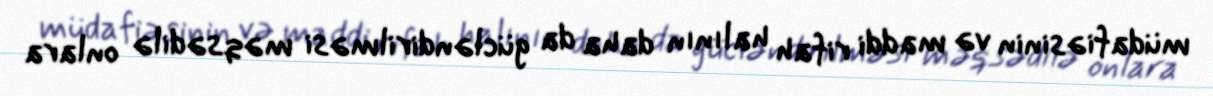
müdafiəsinin və maddi rifah halının daha da gücləndirilməsi məqsədilə onlara